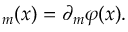
\d u _ { m } ( x ) = \partial _ { m } \varphi ( x ) .